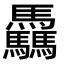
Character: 驫